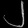
Digit: ၂